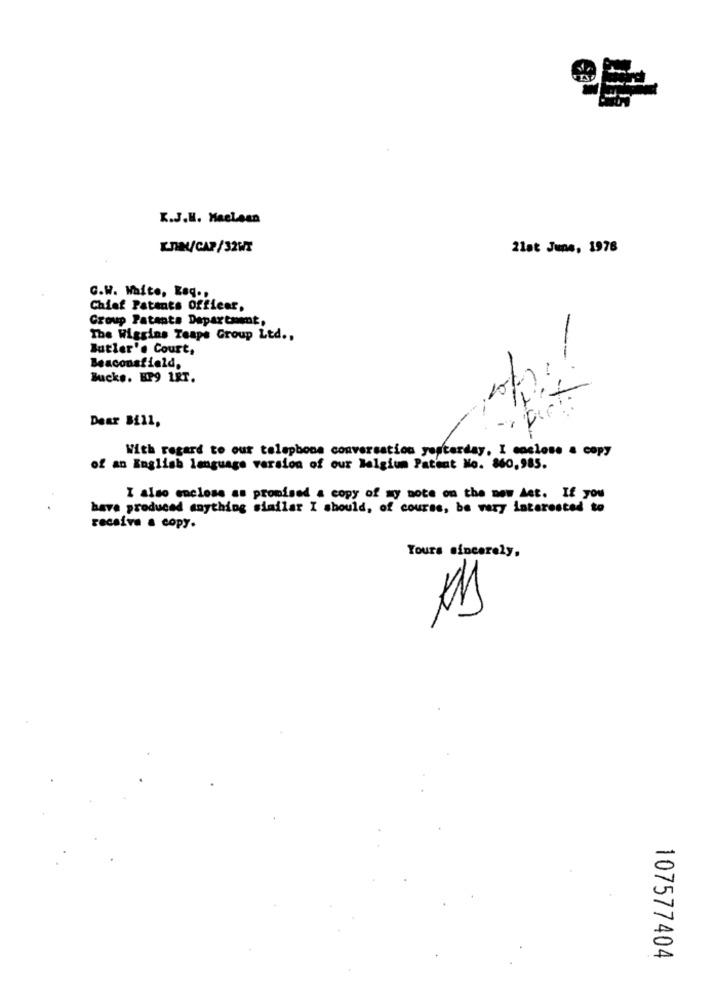
K.J.H. Haclean
KIM/CAP/32WT
2lat June, 1976
G.W. White, Reg.
Chief Patents Officer,
Group Patents Department,
The Wiggins Teaps Group Ltd .,
Butler's Court,
Beaconsfield,
Bucks. EP9 1RT.
Dear Bill,
With regard to our telephone conversation yesterday, I enclose a copy
of an English language version of our Belgium Patent No. 860,985.
I also enclose as promised a copy of myy note on the new Act. If you
have produced anything similar I should, of course, be very interested to
receive a copy.
Yours sincerely,
107577404